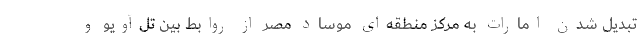
تبدیل شدن امارات به مرکز منطقه‌ای موساد مصر از روابط بین تل‌آویو و